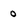
Character: 0